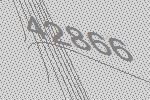
42866